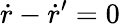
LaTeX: \dot{r}-\dot{r}^{\prime}=0